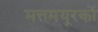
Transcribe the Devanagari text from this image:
मत्तमयूरकों